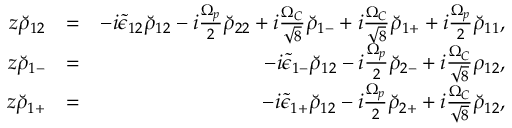
\begin{array} { r l r } { z \breve { \rho } _ { 1 2 } } & { = } & { - i \tilde { \epsilon } _ { 1 2 } \breve { \rho } _ { 1 2 } - i \frac { \Omega _ { p } } { 2 } \breve { \rho } _ { 2 2 } + i \frac { \Omega _ { C } } { \sqrt { 8 } } \breve { \rho } _ { 1 - } + i \frac { \Omega _ { C } } { \sqrt { 8 } } \breve { \rho } _ { 1 + } + i \frac { \Omega _ { p } } { 2 } \breve { \rho } _ { 1 1 } , } \\ { z \breve { \rho } _ { 1 - } } & { = } & { - i \tilde { \epsilon } _ { 1 - } \breve { \rho } _ { 1 2 } - i \frac { \Omega _ { p } } { 2 } \breve { \rho } _ { 2 - } + i \frac { \Omega _ { C } } { \sqrt { 8 } } \rho _ { 1 2 } , } \\ { z \breve { \rho } _ { 1 + } } & { = } & { - i \tilde { \epsilon } _ { 1 + } \breve { \rho } _ { 1 2 } - i \frac { \Omega _ { p } } { 2 } \breve { \rho } _ { 2 + } + i \frac { \Omega _ { C } } { \sqrt { 8 } } \breve { \rho } _ { 1 2 } , } \end{array}